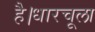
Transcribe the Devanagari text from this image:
है।धारचूला